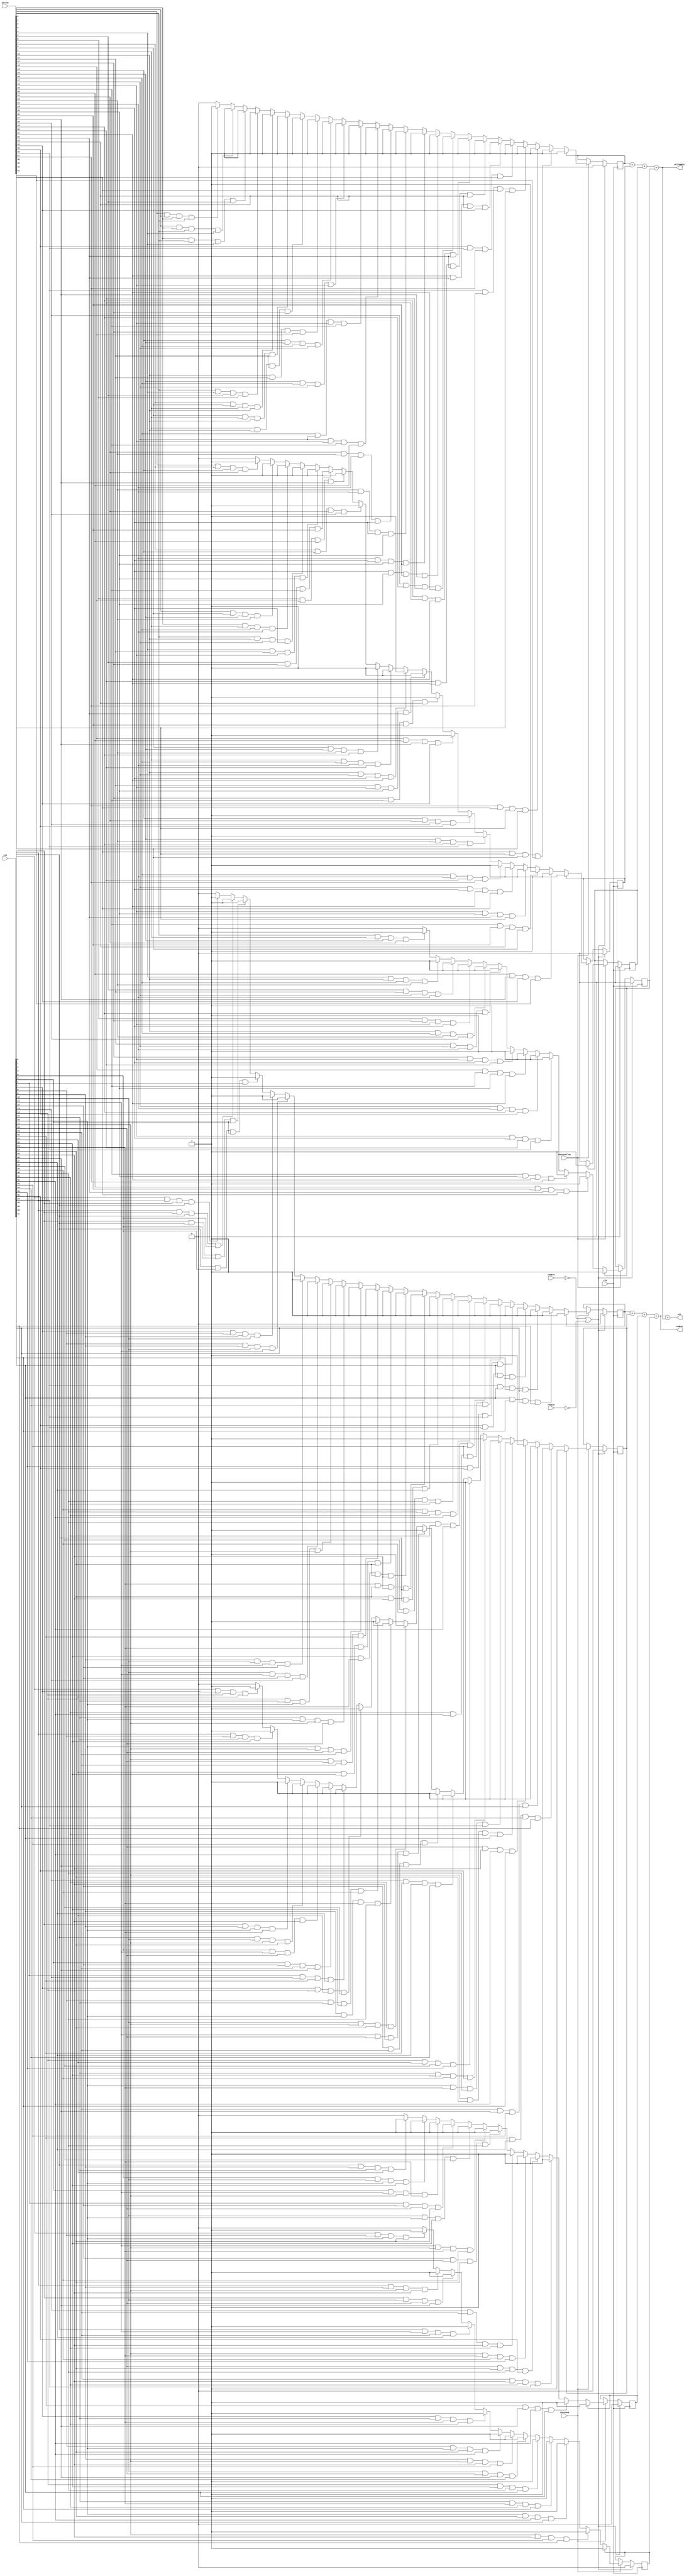
`timescale 1ns / 1ns
module winCondition(
	input clk,resetn,resetb, //Active Low
	input [41:0] red, //Location of Red Chip on Board
	input [41:0] yellow, //Location of Yellow Chip on Board
	input checkRed,checkYellow,
	
	output redWin,yellowWin,win); //Output if anyone has won and who won

	reg redRowWin,redColWin,redWinDiag1,redWinDiag2; //Win conditions for Red
	reg yellowRowWin,yellowColWin,yellowWinDiag1,yellowWinDiag2; //Win conditions for Yellow
	integer i; //Counter to count in for loop to check all the spots for win conditions
	
	
	//RED WIN CONDITIONS
	//Check for Row wins
	always@(posedge clk)
	begin 
		if(!resetn || !resetb) //When reset is hit...
			redRowWin<=0; //Set it to 0
		else if(checkRed) //Checks if position being checked is chosen is Red - Enable Signal
		begin
			if (!redRowWin) //If Red hasn't had a Row Win Condition yet... - Enable Signal
			begin
				for(i=0;i<=38;i=i+1) //38 because it is the last possible value of i without running off the edge
				begin
					if ((i<=3) || (i>=7 && i<=10) || (i>=14 && i<=17) || (i>=21 && i<=24) || (i>=28 && i<=31) || (i>=35))
					//Shift down one everytime 4 consecutive spots are checked
					begin
						if ((red[i]&red[i+1]&red[i+2]&red[i+3])) //Check to find consecutive Red pieces
						begin
							redRowWin<=1; //Red has a Row Win
						end
					end
				end
			end
		end
	end
	//Check for Col wins
	always@(posedge clk)
	begin 
		if(!resetn || !resetb)//When reset is hit...
			redColWin<=0; //Set it to 0
		else if(checkRed)
		begin
			if(!redColWin)
			begin
				for(i=0;i<=20;i=i+1) //20 is the last value that can be checked for a col win
				begin
					if ((red[i]&red[7+i]&red[14+i]&red[21+i]))
					begin	
						redColWin<=1;
					end
				end
			end
		end
	end
	//Diagonal #1 - Top Right to Bottom Left
	always@(posedge clk)
	begin 
		if(!resetn || !resetb)//When reset is hit...
			redWinDiag1<=0; //Set it to 0
		else if(checkRed)
		begin
			if (!redWinDiag1)
			begin
				for(i=0;i<=20;i=i+1) //20 is the last possible position for this diagonal win condition
				begin
					if (i==20 || i==13 || i==19 || i==6 || i==12 || i==18 || i==11 || i==5 || i==17 || i==4 || i==10 || i==3)
					begin
						if ((red[i]&red[6+i]&red[12+i]&red[18+i]))
						begin	
							redWinDiag1<=1;
						end
					end					
				end
			end
		end
	end
	//Diagonal #2 - Top Left to Bottom Right
	always@(posedge clk)
	begin 
	if(!resetn || !resetb)//When reset is hit...
			redWinDiag2<=0; //Set it to zero
	else if(checkRed)
	begin
			if (!redWinDiag2)
			begin
				for(i=0;i<=17;i=i+1) //17 is the last possible position for this diagonal win condition
				begin
					if (i==14 || i==7 || i==15 || i==0 || i==8 || i==16 || i==1 || i==9 || i==17 || i==2 || i==10 || i==3)
					begin
						if ((red[i]&red[8+i]&red[16+i]&red[24+i]))
							redWinDiag2<=1;
					end					
				end
			end
		end
	end
	
	//YELLOW CONDITIONS
	//Check for Row wins	
	always@(posedge clk)
	begin 
		if(!resetn || !resetb)//When reset is hit...
			yellowRowWin<=0; //Set it to 0
		else if(checkYellow)
		begin
			if (!yellowRowWin)
			begin
				for(i=0; i<=38; i = i+1)//38 because it is the last possible value of i without running off the edge
				begin
					if (( i<=3) || (i>=7 && i<=10) || (i>=14 && i<=17) || (i>=21 && i<=24) || (i>=28 && i<=31) || (i>=35))
					begin
						if ((yellow[i]&yellow[1+i]&yellow[2+i]&yellow[3+i]))
						//Shift down one everytime 4 consecutive spots are checked
						begin
							yellowRowWin <= 1;
						end
					end
				end
			end
		end
	end
	//Check for Col wins
	always@(posedge clk)
	begin 
		if(!resetn || !resetb)
			yellowColWin <= 0; //set it to 0
		else if(checkYellow)
		begin
			if(!yellowColWin)
			begin
				for(i=0; i<=20; i = i+1) //20 is the last value that can be checked for a col win
				begin
					if ((yellow[i]&yellow[7+i]&yellow[14+i]&yellow[21+i]))
					begin
							yellowColWin <= 1;
					end
				end
			end
		end
	end
	//Diagonal #1 - Top Right to Bottom Left
	always@(posedge clk)
	begin 
		if(!resetn || !resetb)
			yellowWinDiag2 <= 0; //set it to 0
		else if(checkYellow)
		begin
			if (!yellowWinDiag2)
			begin
				for(i=0; i<=20; i = i+1) //20 is the last for this diagonal pattern
				begin
					if (i==20 || i==13 || i==19 || i==6 || i==12 || i==18 || i==5 || i==11 || i==17 || i==4 || i==10 || i==3)
					begin
						if ((yellow[i]&yellow[6+i]&yellow[12+i]&yellow[18+i]))
						begin
							yellowWinDiag2<=1;
						end
					end
				end
			end
		end
	end
	
	//Diagonal #2 - Top Left to Bottom Right
	always@(posedge clk)
	begin 
		if(!resetn || !resetb)
			yellowWinDiag1<=0;
		else if(checkYellow)
		begin
			if (!yellowWinDiag1)
			begin
				for(i=0;i<=17;i=i+1) //17 is the last possible position for this diagonal win condition
				begin
					if (i==14 || i==7 || i==15 || i==0 || i==8 || i==16 || i==1 || i==9 || i==17 || i==2 || i==10 || i==3)
					begin
						if ((yellow[i]&yellow[8+i]&yellow[16+i]&yellow[24+i])== 4)
						begin
							yellowWinDiag1<=1;
						end
					end					
				end
			end
		end
	end
		
	assign redWin=redRowWin+redColWin+redWinDiag1+redWinDiag2;
	assign yellowWin=yellowRowWin+yellowColWin+yellowWinDiag1+yellowWinDiag2;
	assign win=redWin+yellowWin;
endmodule